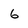
Character: 6